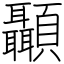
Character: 顳